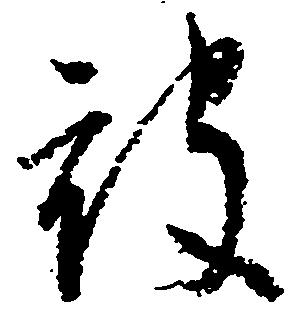
被